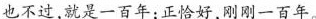
也不过，就是一百年；正恰好，刚刚一百年。